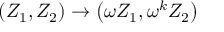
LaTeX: \left( Z _ { 1 } , Z _ { 2 } \right) \rightarrow \left( \omega Z _ { 1 } , \omega ^ { k } Z _ { 2 } \right)